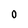
Character: 0